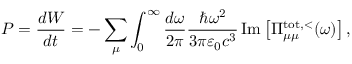
P = \frac { d W } { d t } = - \sum _ { \mu } \int _ { 0 } ^ { \infty } \frac { d \omega } { 2 \pi } \frac { \hbar \omega ^ { 2 } } { 3 \pi \varepsilon _ { 0 } c ^ { 3 } } \operatorname { I m } \left[ \Pi _ { \mu \mu } ^ { \mathrm { t o t } , < } ( \omega ) \right] ,